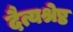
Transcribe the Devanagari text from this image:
दैत्यश्रेष्ठ